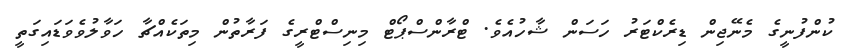
ކުންފުނީގެ މެނޭޖިން ޑިރެކްޓަރު ހަސަން ޝާހުއެވެ. ޓްރާންސްޕޯޓް މިނިސްޓްރީގެ ފަރާތުން މިތަކެއްޗާ ހަވާލުވެވަޑައިގަތީ